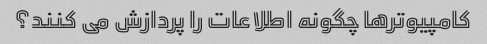
کامپیوترها چگونه اطلاعات را پردازش می کنند؟